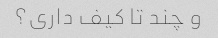
و چند تا کیف داری؟